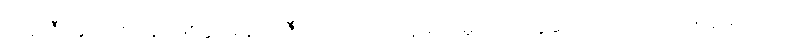
ဘရာဇီး နိုင်ငံတဝန်း ဖြစ်ပွားနေတဲ့ ဇီကာ ဗိုင်းရပ် ကူးစက်မှုဟာ အခုဆိုရင် လက်တင် အမေရိကက